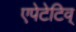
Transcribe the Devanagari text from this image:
एपेटेटिव्